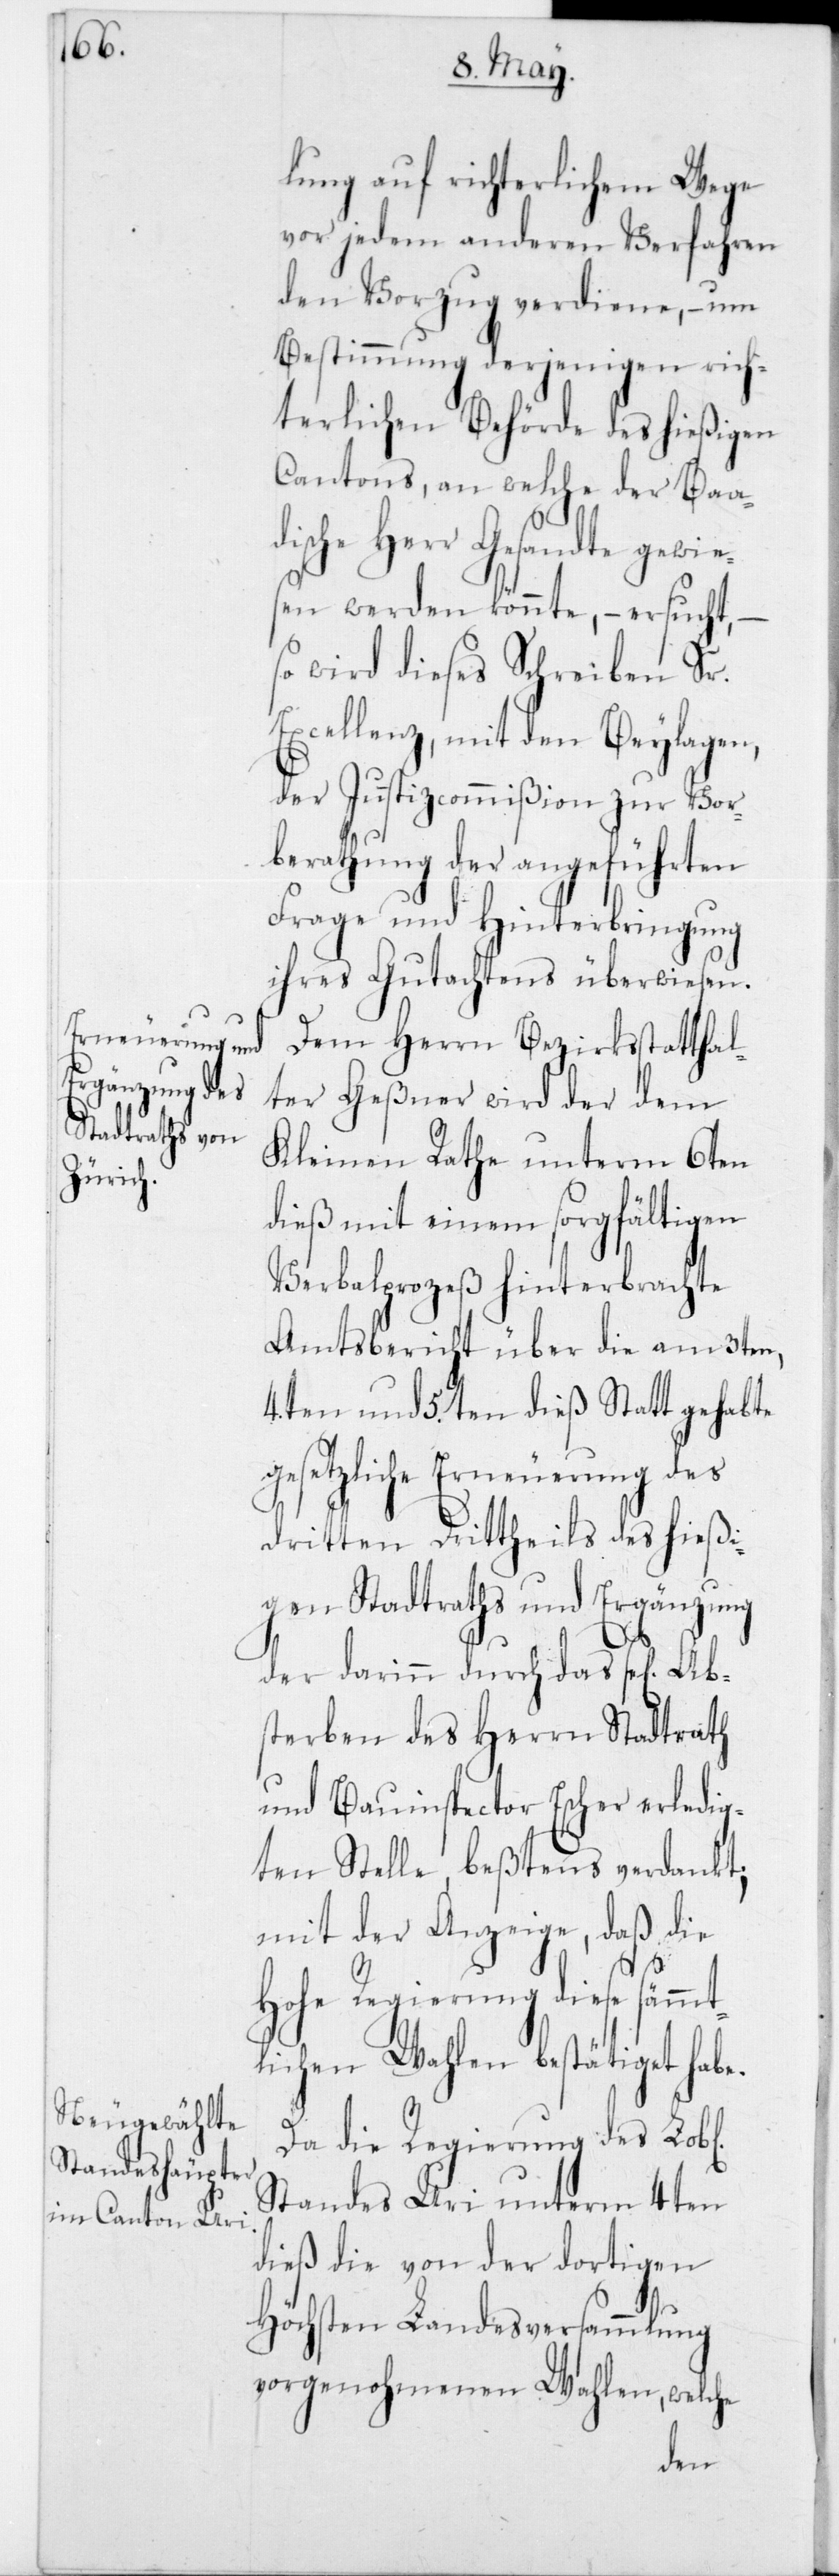
lung auf richterlichem Wege
vor jedem anderen Verfahren
den Vorzug verdiene, – um
Bestimmung derjenigen rich¬
terlichen Behörde des hießigen
Cantons, an welche der Baad¬
ische Herr Gesandte gewie¬
sen werden könnte, – ersucht, –
so wird dieses Schreiben Sr.
Excellenz mit den Beylagen,
der Justizcommißion zur Vor¬
berathung der angeführten
Frage und Hinterbringung
ihres Gutachtens überwiesen.
Dem Herrn Bezirksstatthal¬
ter Geßner wird der dem
Kleinen Rathe unterm 6ten
dieß mit einem sorgfältigen
Verbalprozeß hinterbrachte
Amtsbericht über die am 3ten,
4ten und 5ten dieß statt gehabte
gesetzliche Erneuerung des
dritten Drittheils des hießi¬
gen Stadtraths und Ergänzung
der darinn durch das Sel. Ab¬
sterben des Herrn Stadtrath
und Bauinspector Escher erledig¬
ten Stelle, beßtens verdankt;
mit der Anzeige, daß die
Hohe Regierung diese sämmt¬
lichen Wahlen bestätiget habe.
Da die Regierung des Lobl.
Standes Uri unterm 4ten
dieß die von der dortigen
Höchsten Landesversammlung
vorgenohmenen Wahlen, welche